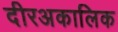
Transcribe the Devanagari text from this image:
दीरअकालिक